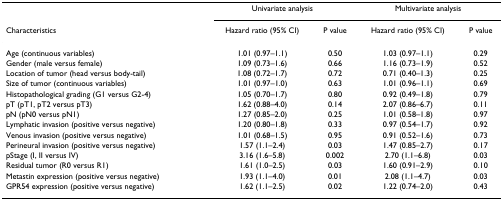
<table><thead><tr><td></td><td colspan="2"><b>Univariate analysis</b></td><td colspan="2"><b>Multivariate analysis</b></td></tr><tr><td><b>Characteristics</b></td><td><b>Hazard ratio (95% CI)</b></td><td><b>P value</b></td><td><b>Hazard ratio (95% CI)</b></td><td><b>P value</b></td></tr></thead><tbody><tr><td>Age (continuous variables)</td><td>1.01 (0.97–1.1)</td><td>0.50</td><td>1.03 (0.97–1.1)</td><td>0.29</td></tr><tr><td>Gender (male versus female)</td><td>1.09 (0.73–1.6)</td><td>0.66</td><td>1.16 (0.73–1.9)</td><td>0.52</td></tr><tr><td>Location of tumor (head versus body-tail)</td><td>1.08 (0.72–1.7)</td><td>0.72</td><td>0.71 (0.40–1.3)</td><td>0.25</td></tr><tr><td>Size of tumor (continuous variables)</td><td>1.01 (0.97–1.0)</td><td>0.63</td><td>1.01 (0.96–1.1)</td><td>0.69</td></tr><tr><td>Histopathological grading (G1 versus G2-4)</td><td>1.05 (0.70–1.7)</td><td>0.80</td><td>0.92 (0.49–1.8)</td><td>0.79</td></tr><tr><td>pT (pT1, pT2 versus pT3)</td><td>1.62 (0.88–4.0)</td><td>0.14</td><td>2.07 (0.86–6.7)</td><td>0.11</td></tr><tr><td>pN (pN0 versus pN1)</td><td>1.27 (0.85–2.0)</td><td>0.25</td><td>1.01 (0.58–1.8)</td><td>0.97</td></tr><tr><td>Lymphatic invasion (positive versus negative)</td><td>1.20 (0.80–1.8)</td><td>0.33</td><td>0.97 (0.54–1.7)</td><td>0.92</td></tr><tr><td>Venous invasion (positive versus negative)</td><td>1.01 (0.68–1.5)</td><td>0.95</td><td>0.91 (0.52–1.6)</td><td>0.73</td></tr><tr><td>Perineural invasion (positive versus negative)</td><td>1.57 (1.1–2.4)</td><td>0.03</td><td>1.47 (0.85–2.7)</td><td>0.17</td></tr><tr><td>pStage (I, II versus IV)</td><td>3.16 (1.6–5.8)</td><td>0.002</td><td>2.70 (1.1–6.8)</td><td>0.03</td></tr><tr><td>Residual tumor (R0 versus R1)</td><td>1.61 (1.0–2.5)</td><td>0.03</td><td>1.60 (0.91–2.9)</td><td>0.10</td></tr><tr><td>Metastin expression (positive versus negative)</td><td>1.93 (1.1–4.0)</td><td>0.01</td><td>2.08 (1.1–4.7)</td><td>0.03</td></tr><tr><td>GPR54 expression (positive versus negative)</td><td>1.62 (1.1–2.5)</td><td>0.02</td><td>1.22 (0.74–2.0)</td><td>0.43</td></tr></tbody></table>